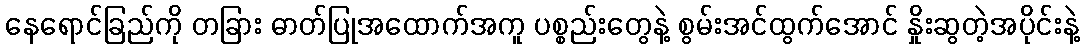
နေရောင်ခြည်ကို တခြား ဓာတ်ပြုအထောက်အကူ ပစ္စည်းတွေနဲ့ စွမ်းအင်ထွက်အောင် နှိုးဆွတဲ့အပိုင်းနဲ့